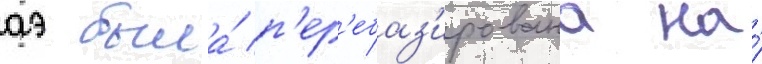
аэ была́ п'ер'ебаз'ирована на́